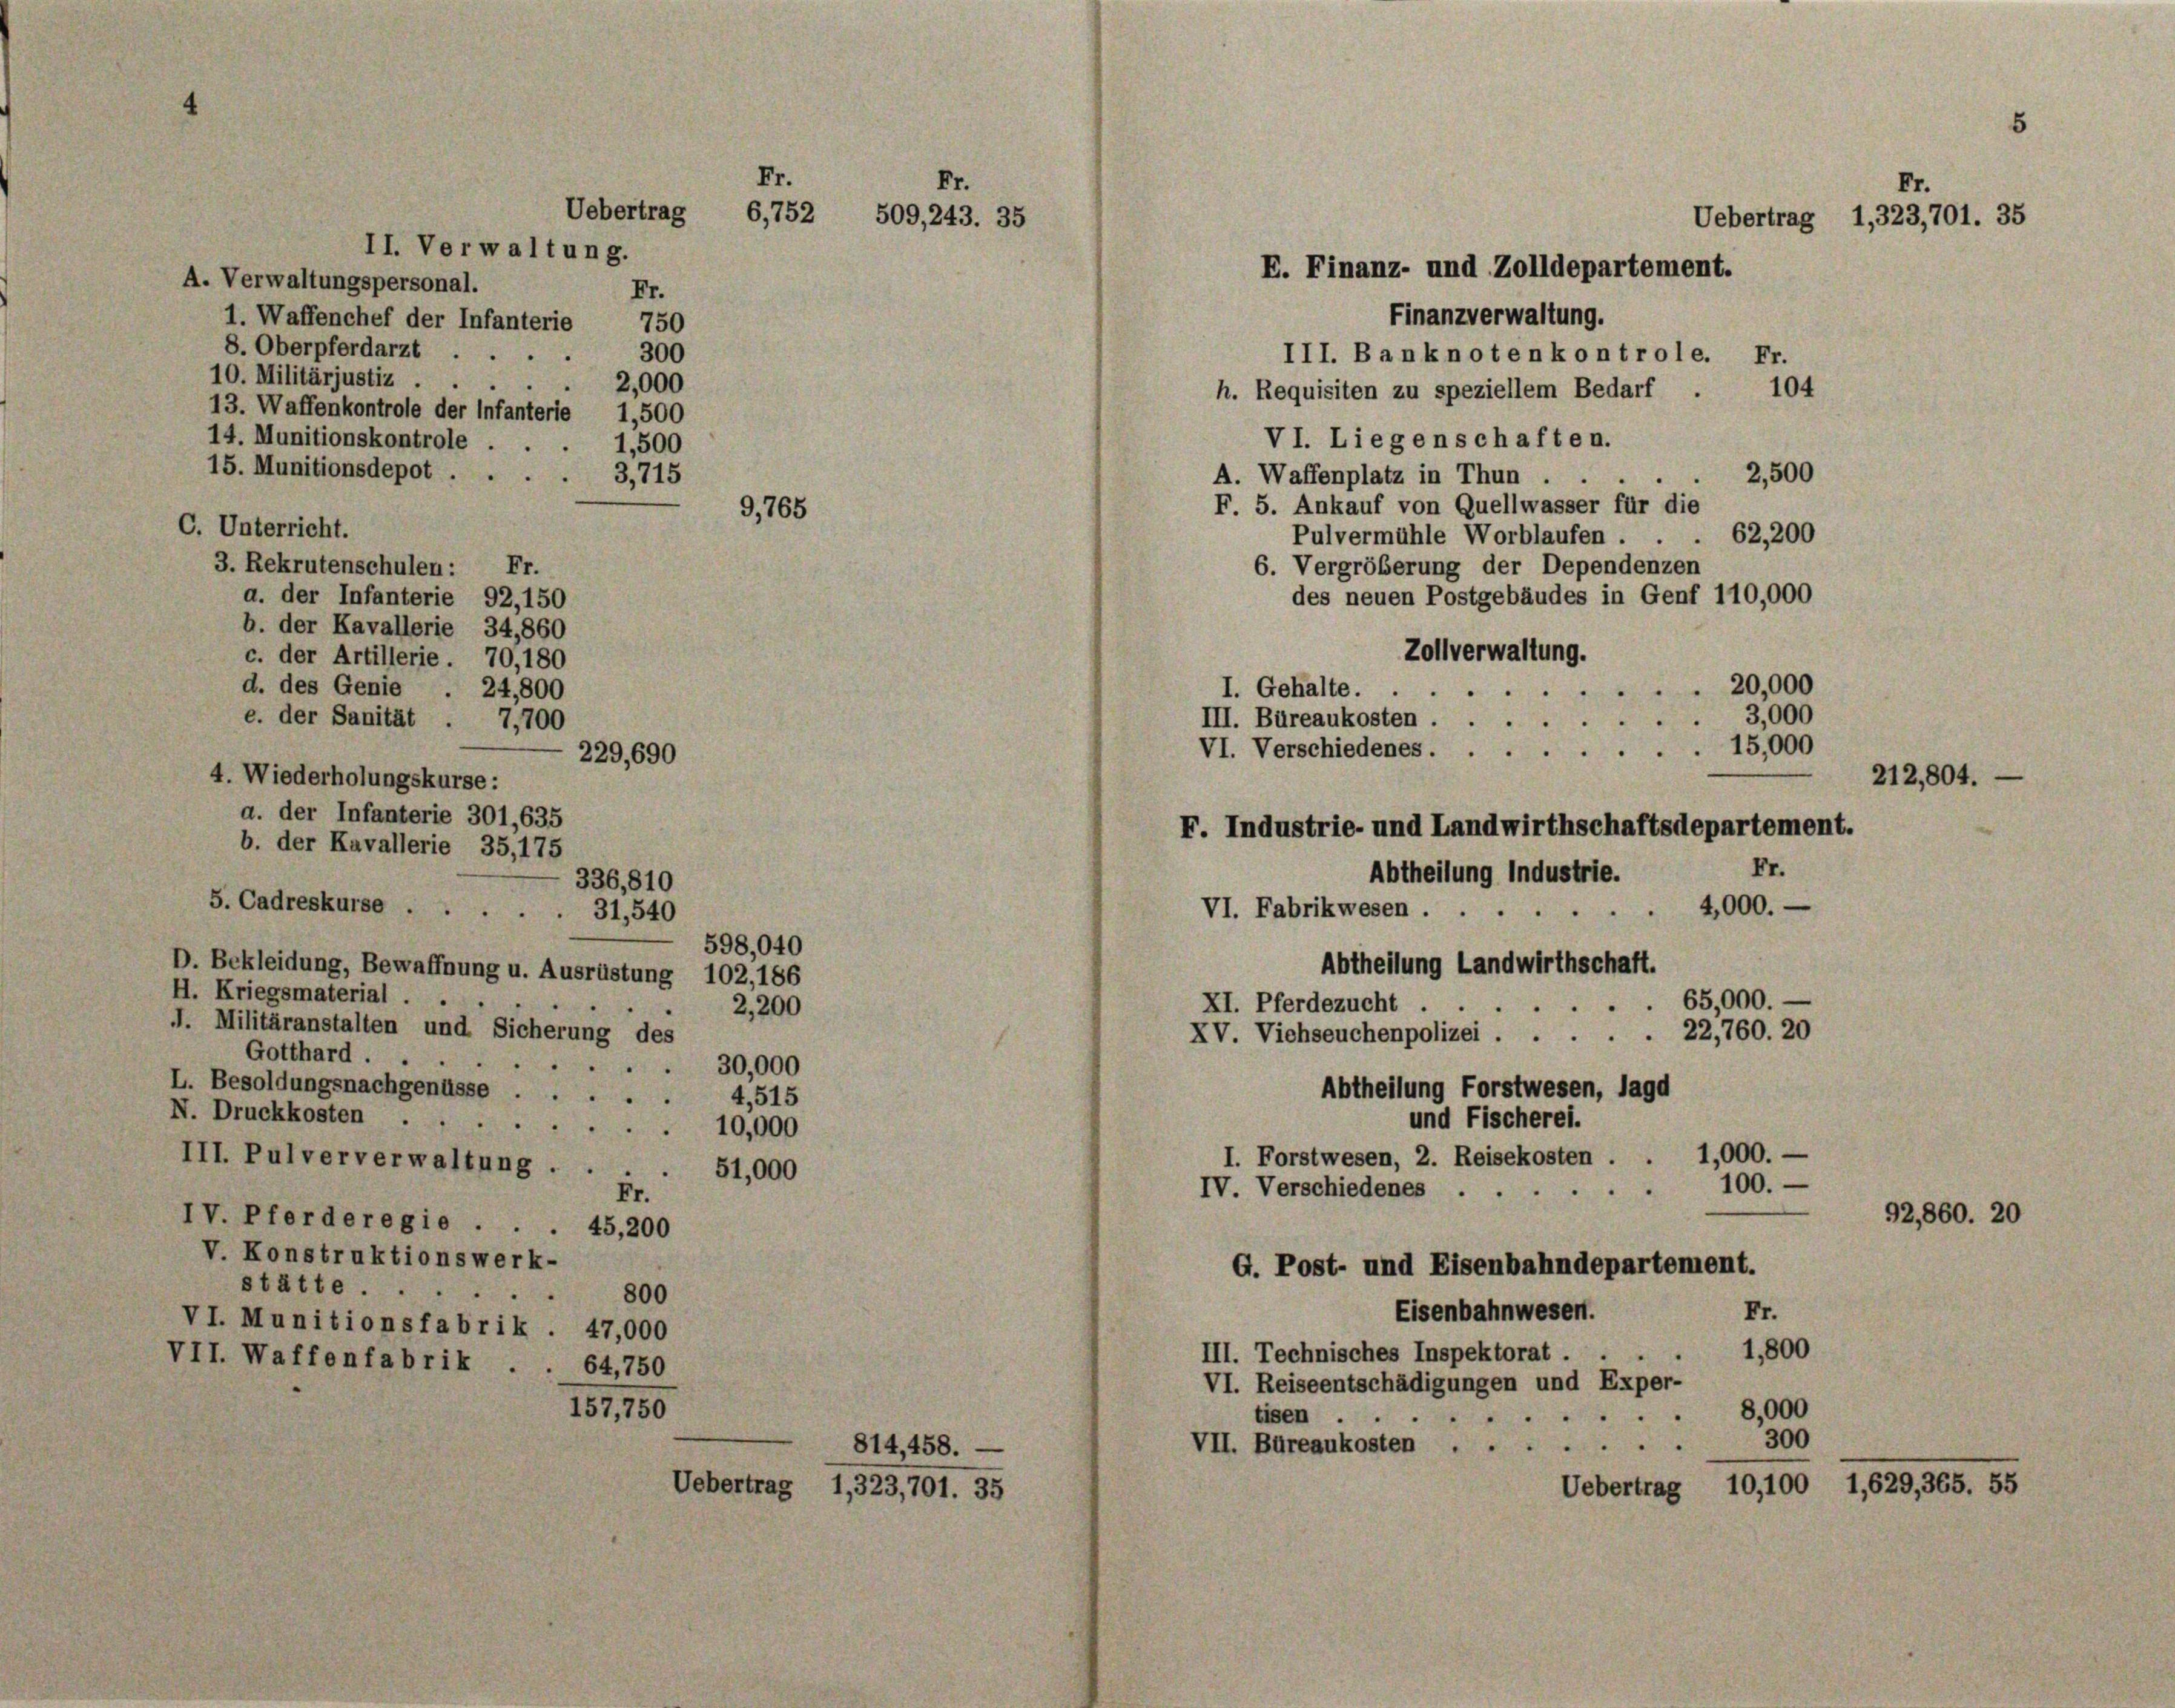
A. Verwaltungspersonal.
8. Oberpferdarzt
10. Militärjustiz.
14. Munitionskontrole
15. Munitionsdepot ...
C. Unterricht.
3. Rekrutenschulen: Fr.
a. der Infanterie 92,150
b. der Kavallerie 34,860
24,800
7,700
229,690
a. der Infanterie 301, 635
b. der Kavallerie 35, 175
336,810
5. Cadreskurse
31,540
598,040
D. Bekleidung, Bewaffnung u. Ausrüstung 102, 186
H. Kriegsmaterial.
2,200
I. Militäranstalten und Sicherung des
Gotthard . .
30,000
L. Besoldungsnachgenüsse.
4,515
N. Druckkosten ...
10,000
III. Pulververwaltung.
51,000
Fr.
IV. Pferde regie . . . 45,200
V. Konstruktionswerk-
stätte.
800
VI. Munitionsfabrik . 47,000
VII. Waffenfabrik . . 64,750

e. der Sanität

4. Wiederholungskurse:

c. der Artillerie 70,180
d. des Genie

Fr.
Fr.
Uebertrag 6,752 509, 243. 35
II. Verwaltung.

1. Waffenchef der Infanterie 750
.
13. Waffenkontrole der Infanterie 1,500

Fr.
300
2,000
 1,500
3715
9,765

15775

0
814,458.
Uebertrag 1,323,701. 35

Finanzverwaltung.
III. Banknoten kontrole. Fr.
104
h. Requisiten zu speziellem Bedarf.
VI. Liegenschaften.
2,500
A. Waffenplatz in Thun
e
F. 5. Ankauf von Quellwasser für die
Pulvermühle Worblaufen . . . 62,200
6. Vergrößerung der Dependenzen
des neuen Postgebäudes in Genf 110,000
Zollverwaltung.
20,000
I. Gehalte.
3,000
III. Büreaukosten .
e
15,000
VI. Verschiedenes.
F. Industrie- und Landwirthschaftsdepartement.
Fr.
Abtheilung Industrie.
2000.
VI. Fabrikwesen.
Abtheilung Landwirthschaft.
65,000.
XI. Pferdezucht .
XV. Viehseuchenpolizei.22,760. 20
Abtheilung Forstwesen, lagd
und Fischerei.
I. Forstwesen, 2. Reisekosten . . 1,000.-
100.
IV. Verschiedenes
92,860. 20
G. Post- und Eisenbahndepartement.
Eisenbahnwesen.
Fr.
1,800
III. Technisches Inspektorat
e
VI. Reiseentschädigungen und Exper-
8,000
tisen
d
300
VII. Bureaukosten
10,100 1,629, 365. 55
Uebertrag

Fr.
Uebertrag 1,323,701. 35
E. Finanz- und Zolldepartement.

212,804.